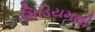
મિડિયમથી